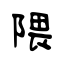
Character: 隈